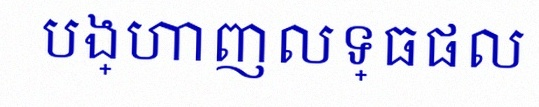
បង្ហាញលទ្ធផល